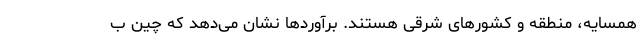
همسایه، منطقه و کشورهای شرقی هستند. برآوردها نشان می‌دهد که چین ب